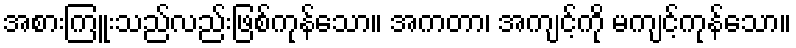
အစားကြူးသည်လည်းဖြစ်ကုန်သော။ အကတာ၊ အကျင့်ကို မကျင့်ကုန်သော။